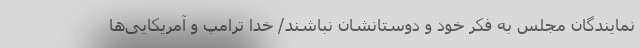
نمایندگان مجلس به فکر خود و دوستانشان نباشند/ خدا ترامپ و آمریکایی‌ها